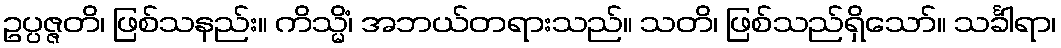
ဥပ္ပဇ္ဇတိ၊ ဖြစ်သနည်း။ ကိသ္မိံ၊ အဘယ်တရားသည်။ သတိ၊ ဖြစ်သည်ရှိသော်။ သင်္ခါရာ၊